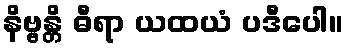
နိဗ္ဗန္တိ ဓီရာ ယထယံ ပဒီပေါ။